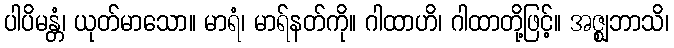
ပါပိမန္တံ၊ ယုတ်မာသော။ မာရံ၊ မာရ်နတ်ကို။ ဂါထာဟိ၊ ဂါထာတို့ဖြင့်။ အဇ္ဈဘာသိ၊